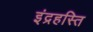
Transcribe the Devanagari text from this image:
इंद्रहस्ति